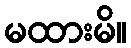
မထားမိ။